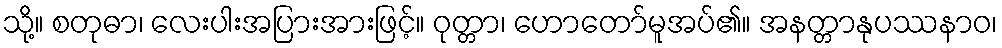
သို့။ စတုဓာ၊ လေးပါးအပြားအားဖြင့်။ ဝုတ္တာ၊ ဟောတော်မူအပ်၏။ အနတ္တာနုပဿနာဝ၊